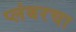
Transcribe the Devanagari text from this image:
प्लंबरचा